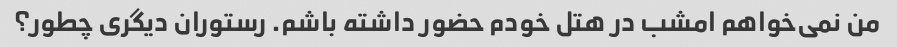
من نمی‌خواهم امشب در هتل خودم حضور داشته باشم. رستوران دیگری چطور؟